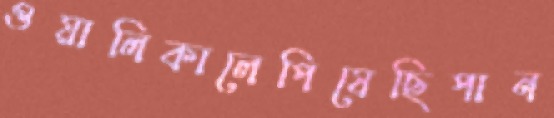
ওয়ালিকালেপিষেছিপান